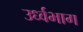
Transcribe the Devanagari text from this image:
उर्ध्वभाग